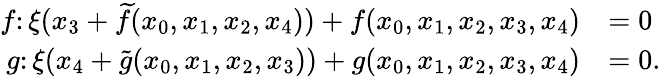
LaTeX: \begin{array}{rl}{f\colon\xi(x_{3}+\widetilde{f}(x_{0},x_{1},x_{2},x_{4}))+f(x_{0},x_{1},x_{2},x_{3},x_{4})}&{=0}\\ {g\colon\xi(x_{4}+\widetilde{g}(x_{0},x_{1},x_{2},x_{3}))+g(x_{0},x_{1},x_{2},x_{3},x_{4})}&{=0.}\end{array}